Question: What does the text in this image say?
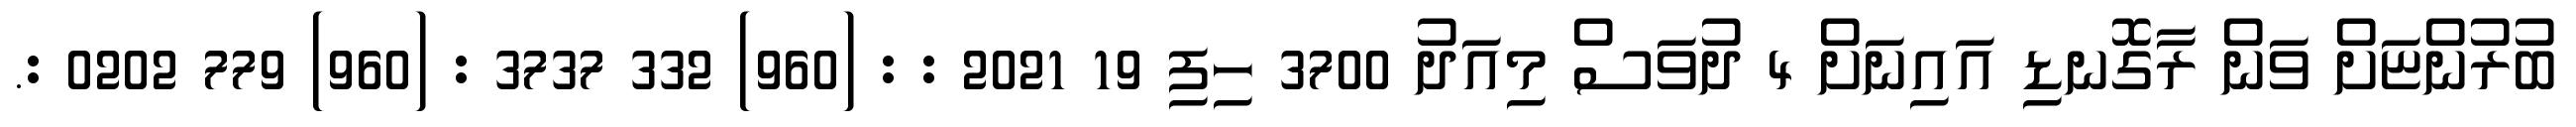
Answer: ބުރުންޏަށް ވަން ރާގޮނޑި އައިނަށް 4 ދުވަސް މިއަދު 3700 ހިފި 19 2021 : : (960) 332 3737 : (960) 779 0202 :.